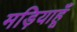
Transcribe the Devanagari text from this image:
मड़ियाहूँ